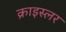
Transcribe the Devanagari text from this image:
क्राइस्लर